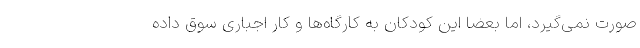
صورت نمی‌گیرد، اما بعضا این کودکان به کارگاه‌ها و کار اجباری سوق داده